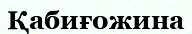
Қабиғожина